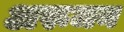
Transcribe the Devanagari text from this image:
अरूजन